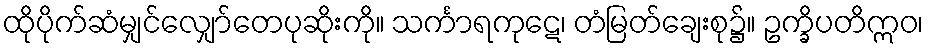
ထိုပိုက်ဆံမျှင်လျှော်တေပုဆိုးကို။ သင်္ကာရကုဋေ၊ တံမြတ်ချေးစု၌။ ဥက္ခိပတိဣဝ၊